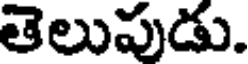
తెలుపుడు.